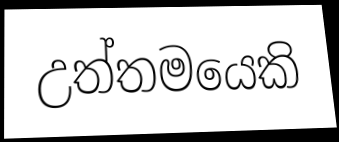
උත්තමයෙකි